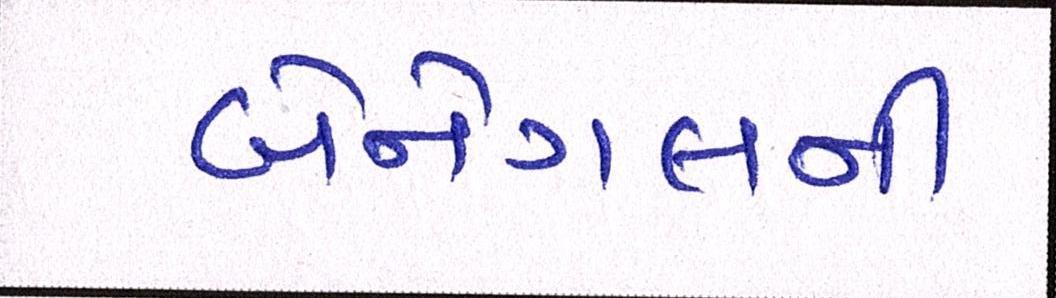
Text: બેનેગલની